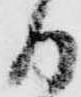
日